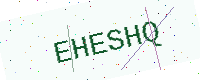
Text: EHESHQ